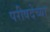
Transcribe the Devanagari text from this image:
परीषदेच्या